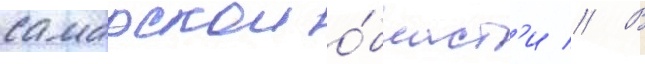
самарскои о́бласт'и // В